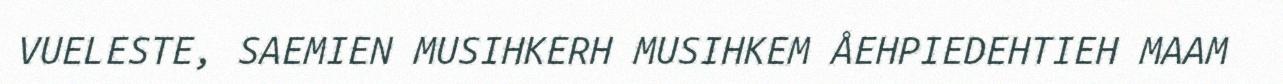
VUELESTE, SAEMIEN MUSIHKERH MUSIHKEM ÅEHPIEDEHTIEH MAAM